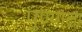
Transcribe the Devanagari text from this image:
पु्ण्याला